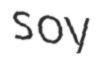
soy